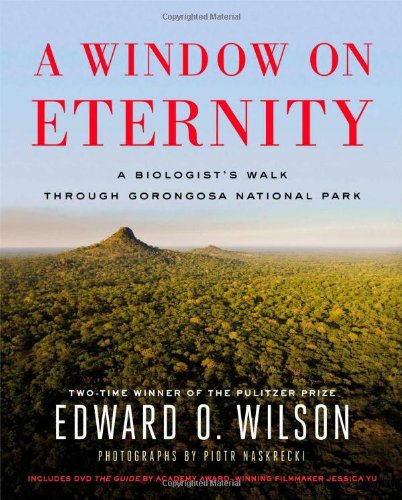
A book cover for A Window on Eternity: A Biologist's Walk Through Gorongosa National Park; Edward O. Wilson; Science & Math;